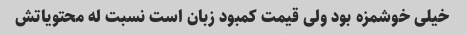
خیلی خوشمزه بود ولی قیمت کمبود زبان است نسبت له محتویاتش